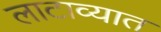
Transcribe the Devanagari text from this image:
लाटाव्यात